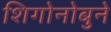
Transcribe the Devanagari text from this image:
शिगोनोबुने